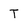
Character: T